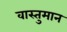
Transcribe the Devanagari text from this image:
वास्तुमान